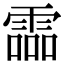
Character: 霝